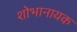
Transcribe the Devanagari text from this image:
शोभानायक